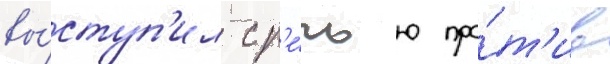
вы́ступ'ил с р'е́чью про́т'ив